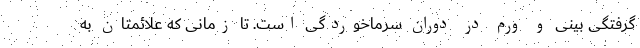
گرفتگی بینی و ورم در دوران سرماخوردگی است. تا زمانی که علائمتان به